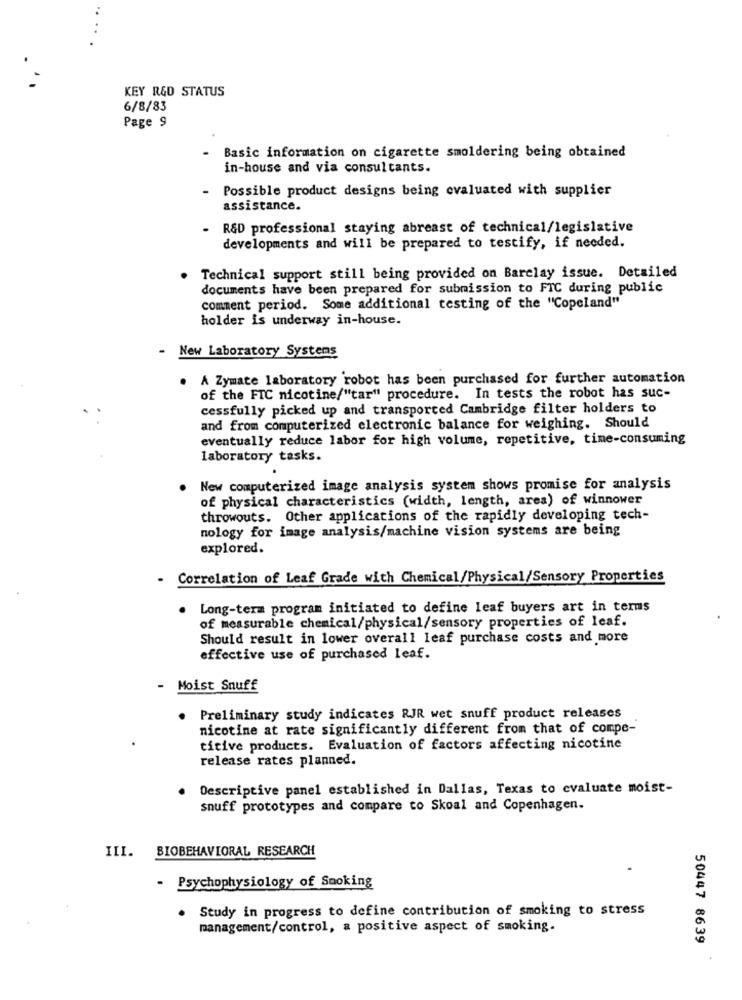
KEY R&D STATUS
6/8/83
Page 9
Basic information on cigarette smoldering being obtained
in-house and via consultants.
Possible product designs being evaluated with supplier
assistance.
R&D professional staying abreast of technical/legislative
developments and will be prepared to testify, if needed.
Technical support still being provided on Barclay issue. Detailed
documents have been prepared for submission to FTC during public
comment period. Some additional testing of the "Copeland"
holder is underway in-house.
-
New Laboratory Systems
. A Zymate laboratory robot has been purchased for further automation
of the FIC nicotine/"tar" procedure. In tests the robot has suc-
cessfully picked up and transported Cambridge filter holders to
and from computerized electronic balance for weighing. Should
eventually reduce labor for high volume, repetitive, time-consuming
laboratory tasks.
New computerized image analysis system shows promise for analysis
of physical characteristics (width, length, area) of winnower
throwouts. Other applications of the rapidly developing tech-
nology for image analysis/machine vision systems are being
explored.
- Correlation of Leaf Grade with Chemical/Physical/Sensory Properties
Long-term program initiated to define leaf buyers art in terms
of measurable chemical/physical/sensory properties of leaf.
Should result in lower overall leaf purchase costs and more
effective use of purchased leaf.
- Moist Snuff
Preliminary study indicates RJR wet snuff product releases
nicotine at rate significantly different from that of compe-
titive products. Evaluation of factors affecting nicotine
release rates planned.
Descriptive panel established in Dallas, Texas to evaluate moist-
snuff prototypes and compare to Skoal and Copenhagen.
III. BIOBEHAVIORAL RESEARCH
- Psychophysiology of Smoking
Study in progress to define contribution of smoking to stress
management/control, a positive aspect of smoking.
50447 8639